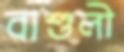
বাশুলী